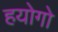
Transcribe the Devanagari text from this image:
हयोगो